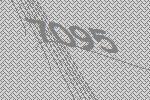
7095